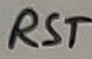
Text: RST